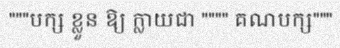
"""បក្ស ខ្លួន ឱ្យ ក្លាយជា """" គណបក្ស"""